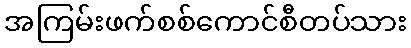
အကြမ်းဖက်စစ်ကောင်စီတပ်သား